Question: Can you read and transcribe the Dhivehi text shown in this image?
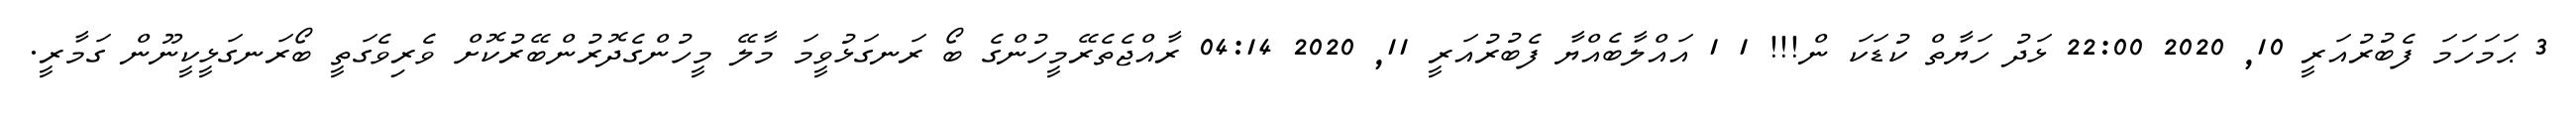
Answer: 3 ޙަމަހަމަ ފެބުރުއަރީ 10, 2020 22:00 ޅަދު ހަޔާތް ކުޑަކަ ން!!! 1 1 އައްލާބެއްޔާ ފެބުރުއަރީ 11, 2020 04:14 ރާއްޖެތެރޭމީހުންގެ ބޯ ރަނގަޅުވީމަ މާލޭ މީހުންގެދޮރުންބޭރުކޮށް ވެރިވެގަތީ ބޯރަނގަޅީކީނޫން ގަމާރީ.